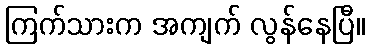
ကြက်သားက အကျက် လွန်နေပြီ။